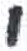
אות: י